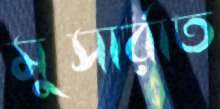
মুসার্রাত